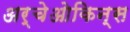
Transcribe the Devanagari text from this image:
अर्चेओकिन्स